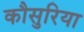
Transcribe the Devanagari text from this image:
कौसुरिया